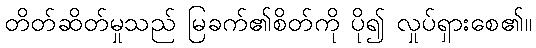
တိတ်ဆိတ်မှုသည် မြခက်၏စိတ်ကို ပို၍ လှုပ်ရှားစေ၏။